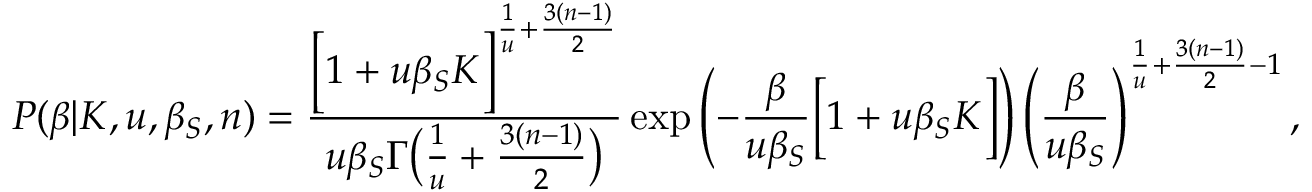
P ( \beta | K , u , \beta _ { S } , n ) = \frac { \Big [ 1 + u \beta _ { S } K \Big ] ^ { \frac { 1 } { u } + \frac { 3 ( n - 1 ) } { 2 } } } { u \beta _ { S } \Gamma \big ( \frac { 1 } { u } + \frac { 3 ( n - 1 ) } { 2 } \big ) } \exp \left( - \frac { \beta } { u \beta _ { S } } \Big [ 1 + u \beta _ { S } K \Big ] \right) \left( \frac { \beta } { u \beta _ { S } } \right) ^ { \frac { 1 } { u } + \frac { 3 ( n - 1 ) } { 2 } - 1 } ,